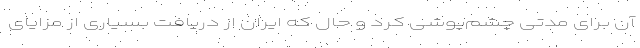
آن برای مدتی چشم‌پوشی کرد و حال که ایران از دریافت بسیاری از مزایای